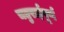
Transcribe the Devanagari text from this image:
चतुराईपूर्ण